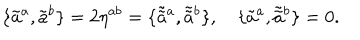
LaTeX: \{ \tilde { a } ^ { a } , \tilde { a } ^ { b } \} = 2 \eta ^ { a b } = \{ \tilde { \tilde { a } } { } ^ { a } , \tilde { \tilde { a } } { } ^ { b } \} , \quad \{ \tilde { a } ^ { a } , \tilde { \tilde { a } } { } ^ { b } \} = 0 .